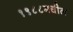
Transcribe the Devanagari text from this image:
१९८८मधील